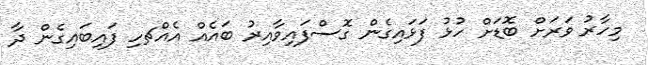
މިހާރު ވަރަށް ބޮޑަށް ހުޅު ފަޅައިގެން ގޮސްފައިވާއިރު ބައެއް އެއްޗހި ފައިބައިގެން ދާ